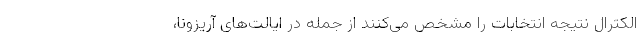
الکترال نتیجه انتخابات را مشخص می‌کنند از جمله در ایالت‌های آریزونا،